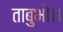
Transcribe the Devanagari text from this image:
ताबुभो।।